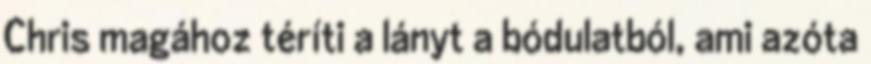
Chris magához téríti a lányt a bódulatból, ami azóta